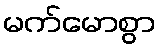
မက်မောစွာ